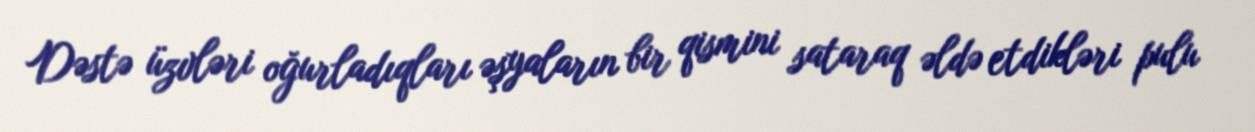
Dəstə üzvləri oğurladıqları əşyaların bir qismini sataraq əldə etdikləri pulu